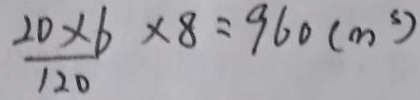
\frac { 2 0 \times 6 } { 1 2 0 } \times 8 = 9 6 0 ( m ^ { 3 } )